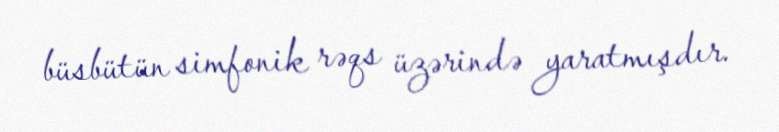
büsbütün simfonik rəqs üzərində yaratmışdır.